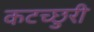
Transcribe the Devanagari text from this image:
कटच्छुरी